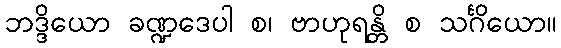
ဘဒ္ဒိယော ခဏ္ဍဒေပါ စ၊ ဗာဟုရန္တိ စ သင်္ဂိယော။